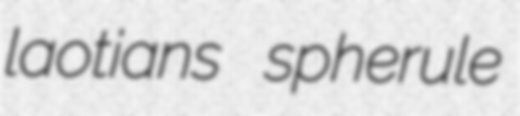
laotians spherule